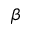
\beta